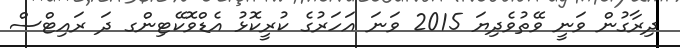
ދިރާގުން ވަނީ ވޭތުވެދިޔަ 2015 ވަނަ އަހަރުގެ ކުރީކޮޅު އެޑްވޮކޭޓިންގ ދަ ރައިޓްސް